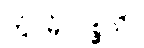
တွံ မံ ဂစ္ဆသိ။